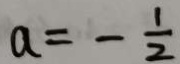
a = - \frac { 1 } { 2 }